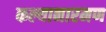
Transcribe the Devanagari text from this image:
कल्यानारमण